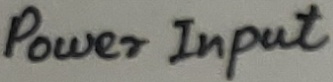
Text: Power Input